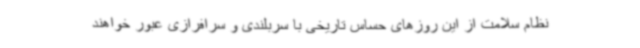
نظام سلامت از این روزهای حساس تاریخی با سربلندی و سرافرازی عبور خواهند